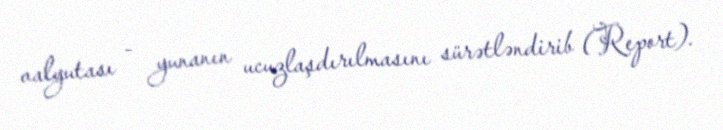
valyutası - yunanın ucuzlaşdırılmasını sürətləndirib (Report).